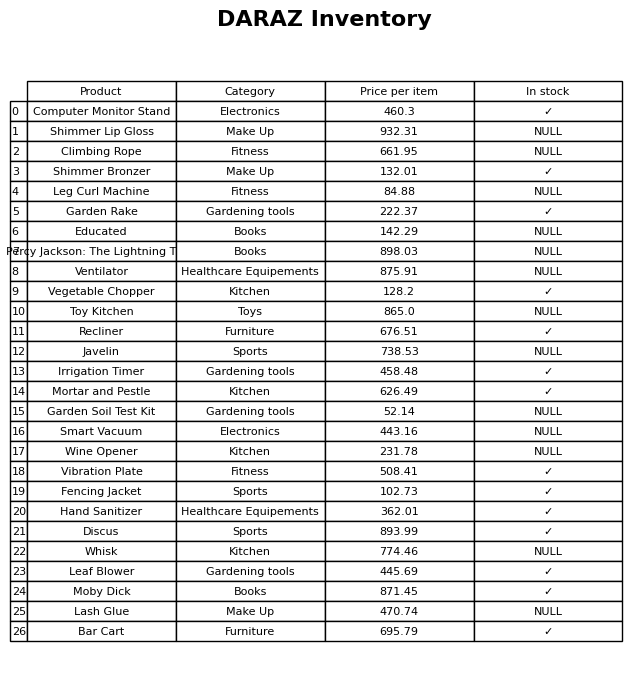
question: What category does the Toy Kitchen belong to?
answer: Toys